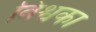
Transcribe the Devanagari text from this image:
विश्वका